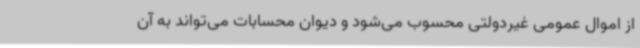
از اموال عمومی غیردولتی محسوب می‌شود و دیوان محسابات می‌تواند به آن